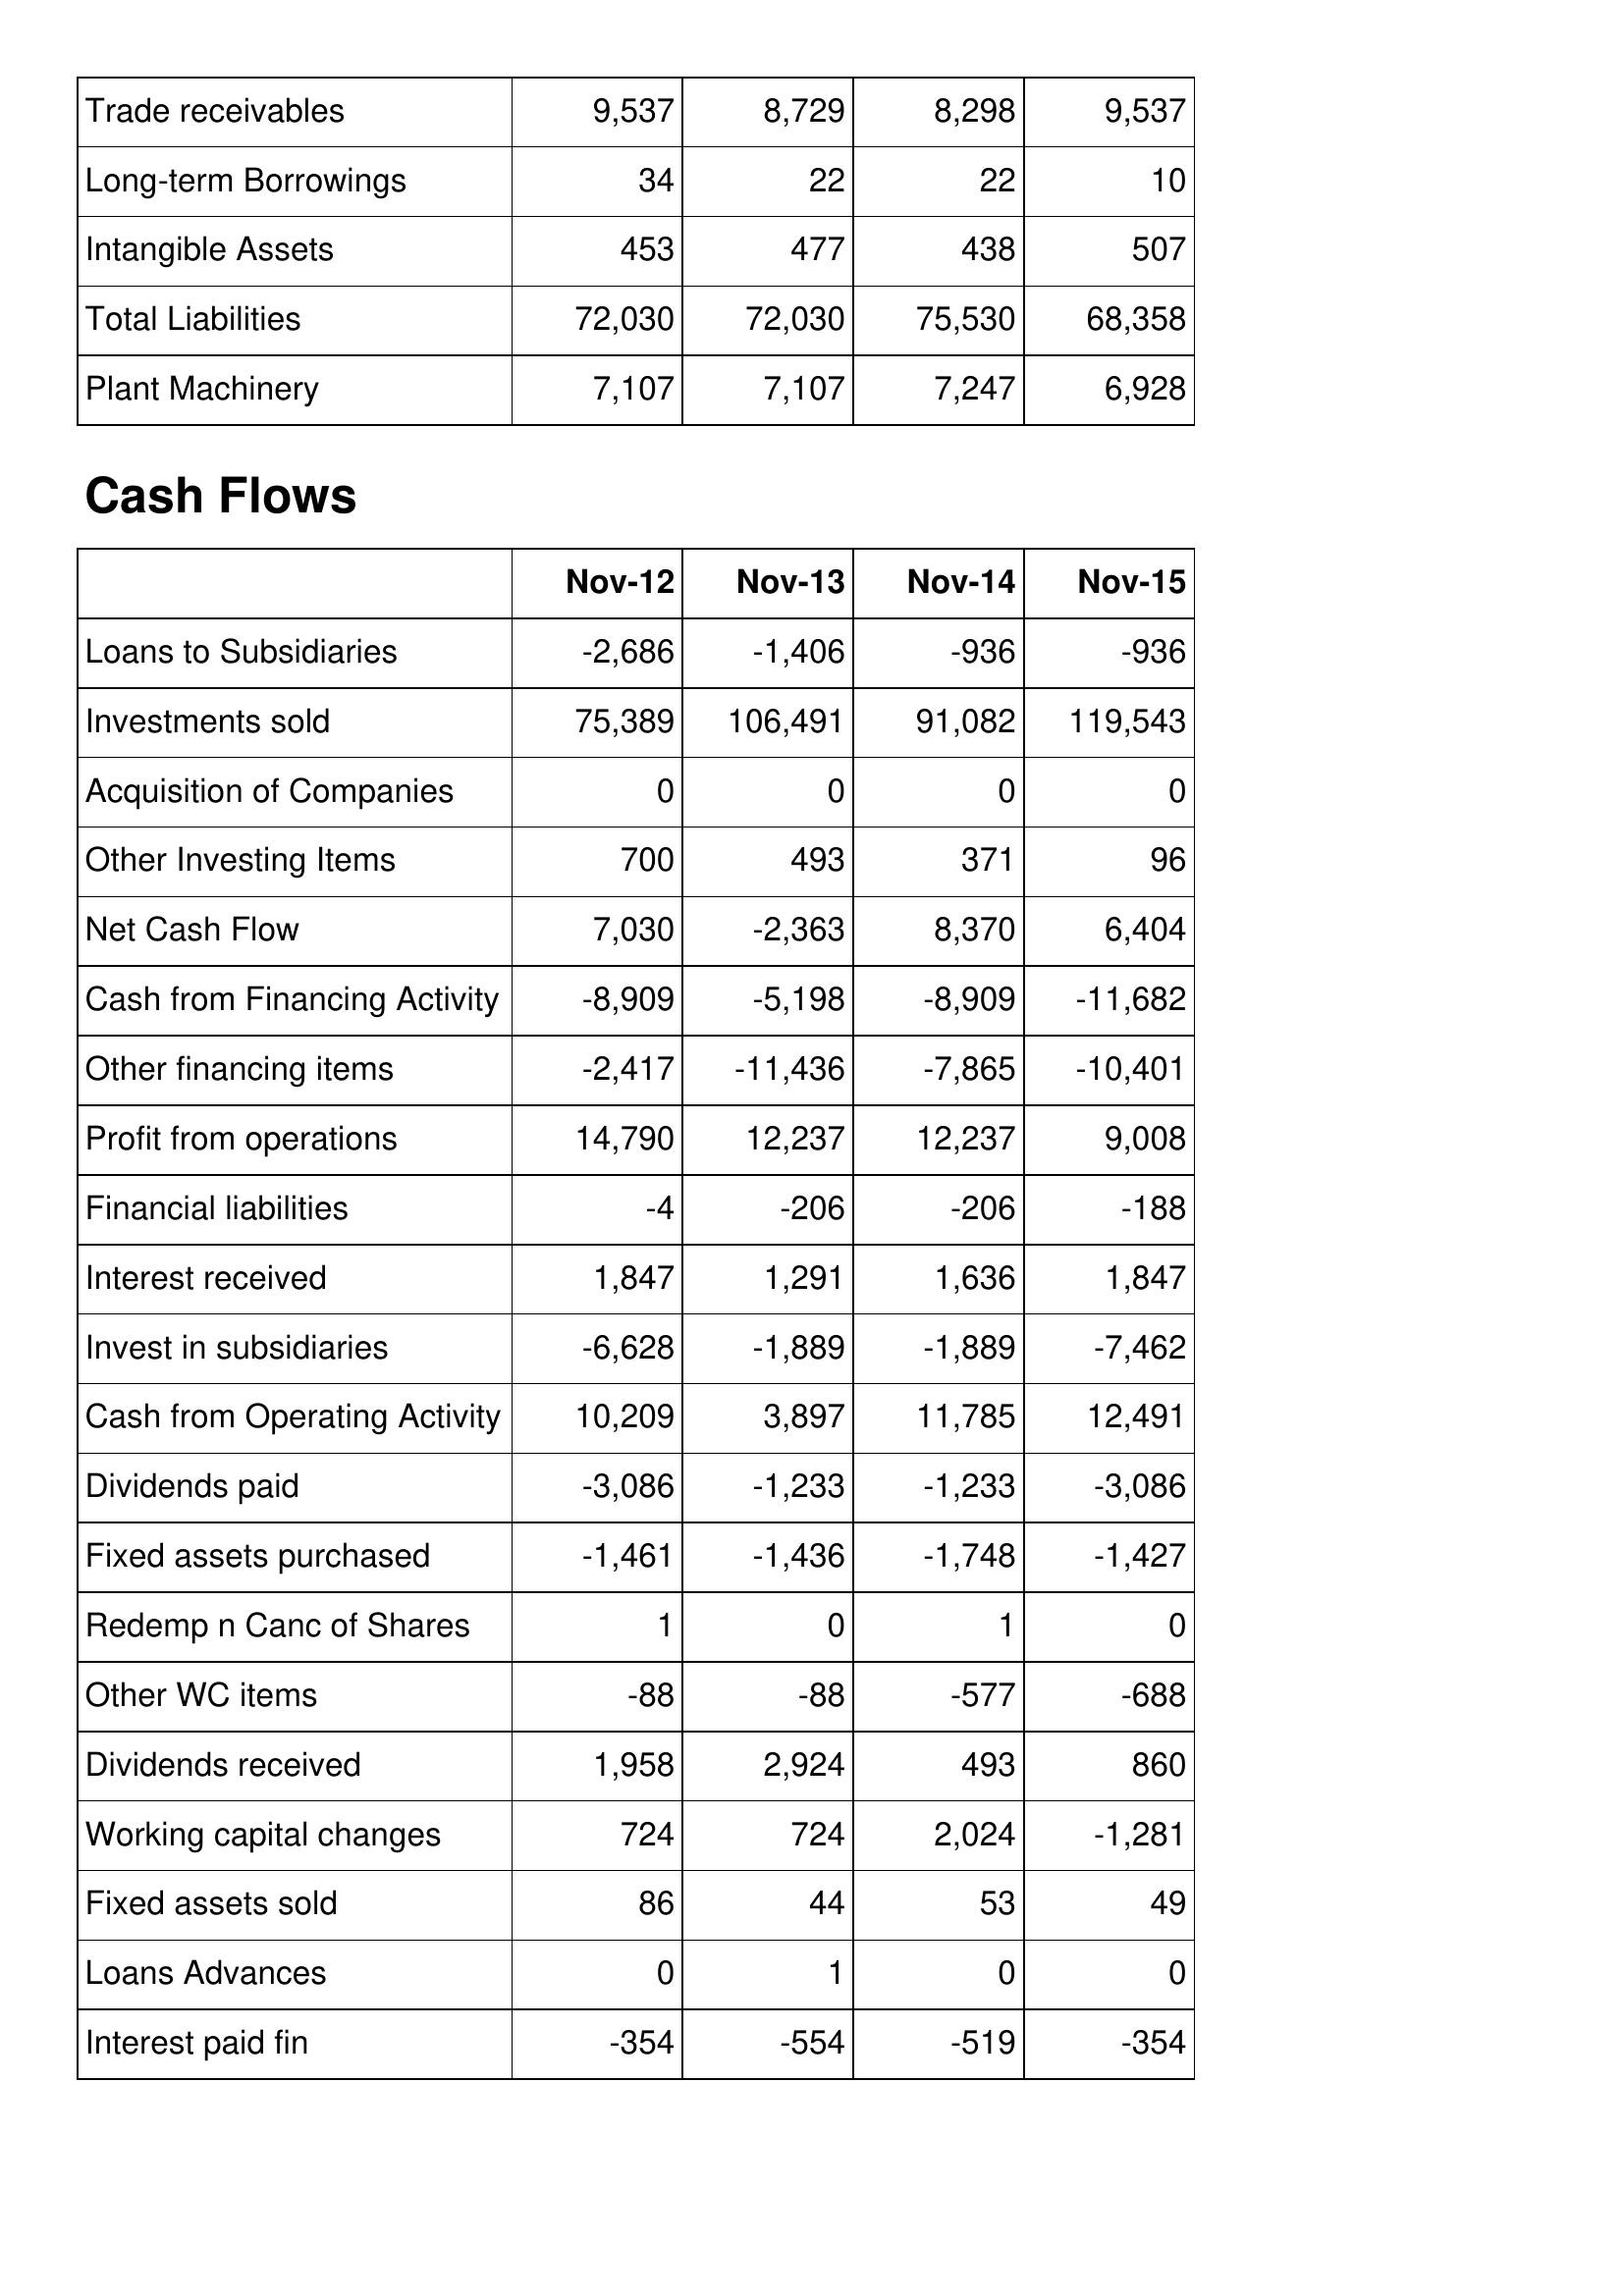
Nov-12: Balance Sheet: Trade receivables: 9,537
Long-term Borrowings: 34
Intangible Assets: 453
Total Liabilities: 72,030
Plant Machinery: 7,107
Cash Flows: Loans to Subsidiaries: -2,686
Investments sold: 75,389
Acquisition of Companies: 0
Other Investing Items: 700
Net Cash Flow: 7,030
Cash from Financing Activity: -8,909
Other financing items: -2,417
Profit from operations: 14,790
Financial liabilities: -4
Interest received: 1,847
Invest in subsidiaries: -6,628
Cash from Operating Activity: 10,209
Dividends paid: -3,086
Fixed assets purchased: -1,461
Redemp n Canc of Shares: 1
Other WC items: -88
Dividends received: 1,958
Working capital changes: 724
Fixed assets sold: 86
Loans Advances: 0
Interest paid fin: -354
Nov-13: Balance Sheet: Trade receivables: 8,729
Long-term Borrowings: 22
Intangible Assets: 477
Total Liabilities: 72,030
Plant Machinery: 7,107
Cash Flows: Loans to Subsidiaries: -1,406
Investments sold: 106,491
Acquisition of Companies: 0
Other Investing Items: 493
Net Cash Flow: -2,363
Cash from Financing Activity: -5,198
Other financing items: -11,436
Profit from operations: 12,237
Financial liabilities: -206
Interest received: 1,291
Invest in subsidiaries: -1,889
Cash from Operating Activity: 3,897
Dividends paid: -1,233
Fixed assets purchased: -1,436
Redemp n Canc of Shares: 0
Other WC items: -88
Dividends received: 2,924
Working capital changes: 724
Fixed assets sold: 44
Loans Advances: 1
Interest paid fin: -554
Nov-14: Balance Sheet: Trade receivables: 8,298
Long-term Borrowings: 22
Intangible Assets: 438
Total Liabilities: 75,530
Plant Machinery: 7,247
Cash Flows: Loans to Subsidiaries: -936
Investments sold: 91,082
Acquisition of Companies: 0
Other Investing Items: 371
Net Cash Flow: 8,370
Cash from Financing Activity: -8,909
Other financing items: -7,865
Profit from operations: 12,237
Financial liabilities: -206
Interest received: 1,636
Invest in subsidiaries: -1,889
Cash from Operating Activity: 11,785
Dividends paid: -1,233
Fixed assets purchased: -1,748
Redemp n Canc of Shares: 1
Other WC items: -577
Dividends received: 493
Working capital changes: 2,024
Fixed assets sold: 53
Loans Advances: 0
Interest paid fin: -519
Nov-15: Balance Sheet: Trade receivables: 9,537
Long-term Borrowings: 10
Intangible Assets: 507
Total Liabilities: 68,358
Plant Machinery: 6,928
Cash Flows: Loans to Subsidiaries: -936
Investments sold: 119,543
Acquisition of Companies: 0
Other Investing Items: 96
Net Cash Flow: 6,404
Cash from Financing Activity: -11,682
Other financing items: -10,401
Profit from operations: 9,008
Financial liabilities: -188
Interest received: 1,847
Invest in subsidiaries: -7,462
Cash from Operating Activity: 12,491
Dividends paid: -3,086
Fixed assets purchased: -1,427
Redemp n Canc of Shares: 0
Other WC items: -688
Dividends received: 860
Working capital changes: -1,281
Fixed assets sold: 49
Loans Advances: 0
Interest paid fin: -354